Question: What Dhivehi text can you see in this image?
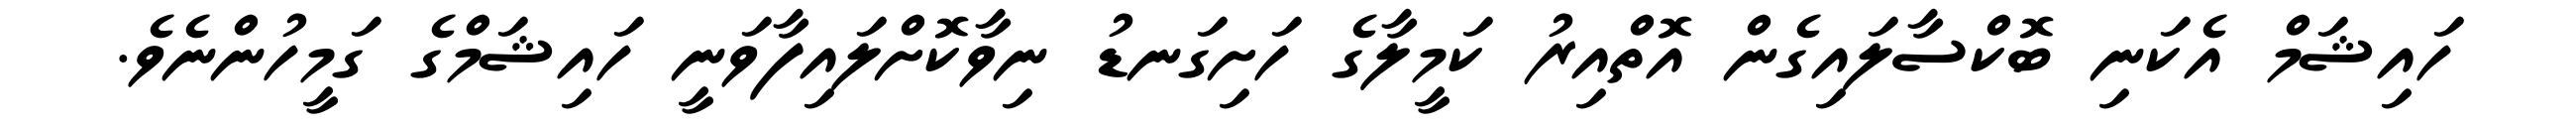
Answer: ހައިޝަމް އެކަނި ބޮކްސާލައިގެން އޮތްއިރު ކަމީލާގެ ހަށިގަނޑު ނިވާކޮށްލައިފާވަނީ ހައިޝަމްގެ ގަމީހުންނެވެ.